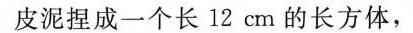
皮泥捏成一个长12cm的长方体，